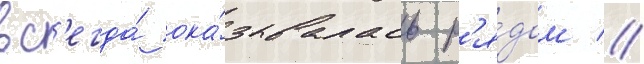
вс'егда́ ока́зывалась р'я́дом //